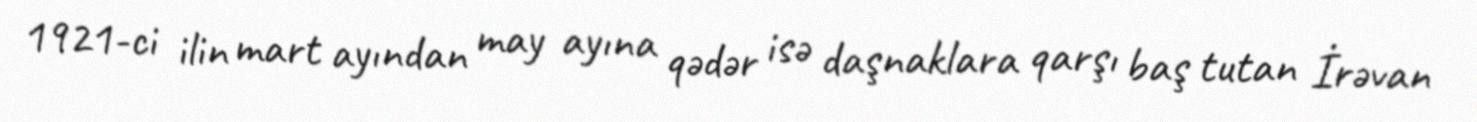
1921-ci ilin mart ayından may ayına qədər isə daşnaklara qarşı baş tutan İrəvan